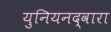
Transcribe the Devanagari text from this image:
युनियनद्वारा